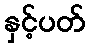
နှင့်ပတ်